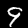
Digit: 9